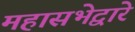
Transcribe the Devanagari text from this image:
महासभेद्वारे